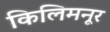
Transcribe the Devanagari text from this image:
किलिमनूर